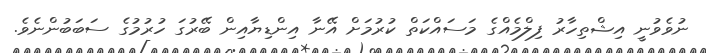
ނުވެވުނީ އިޝްތިހާރު ފިލްމެއްގެ މަސައްކަތް ކުރުމަށް އޭނާ އިންޑިޔާއިން ބޭރުގަ ހުރުމުގެ ސަބަބުންނެވެ.